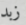
زبد